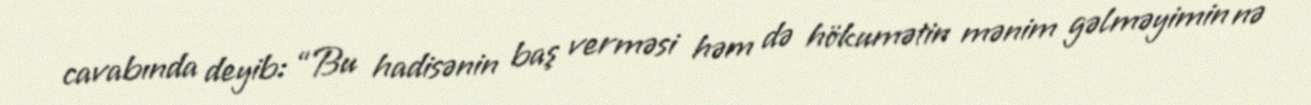
cavabında deyib: “Bu hadisənin baş verməsi həm də hökumətin mənim gəlməyimin nə